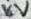
Text: 16V